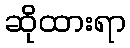
ဆိုထားရာ